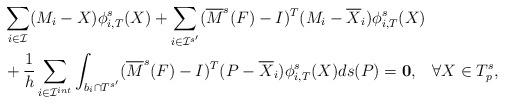
LaTeX: \begin{align*}&\sum_{i\in\mathcal{I}}(M_i-X)\phi^{s}_{i,T}(X)+\sum_{i\in \mathcal{I}^{s'}}(\overline{M}^s(F) - I)^T(M_i-\overline{X}_i)\phi^{s}_{i,T}(X)\ \\&+\frac{1}{h}\sum_{i\in\mathcal{I}^{int}}\int_{b_i\cap T^{s'}}(\overline{M}^s(F) - I)^T(P-\overline{X}_i)\phi^{s}_{i,T}(X)ds(P)=\mathbf{ 0} , \;\;\; \forall X\in T_p^s,\end{align*}